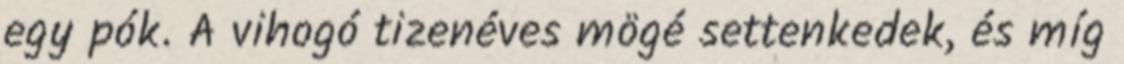
egy pók. A vihogó tizenéves mögé settenkedek, és míg